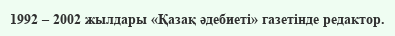
1992 – 2002 жылдары «Қазақ әдебиеті» газетінде редактор.